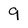
Character: 9